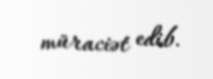
müraciət edib.